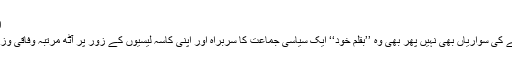
اُس کے اپنے
پاس تو تانگے کی سواریاں بھی نہیں پھر بھی وہ ’’بقلم خود‘‘ ایک سیاسی جماعت کا سربراہ اور اپنی کاسہ لیسیوں کے زور پر آٹھ مرتبہ وفاقی وزیر بننے والا۔